Leaving Certificate, 1888
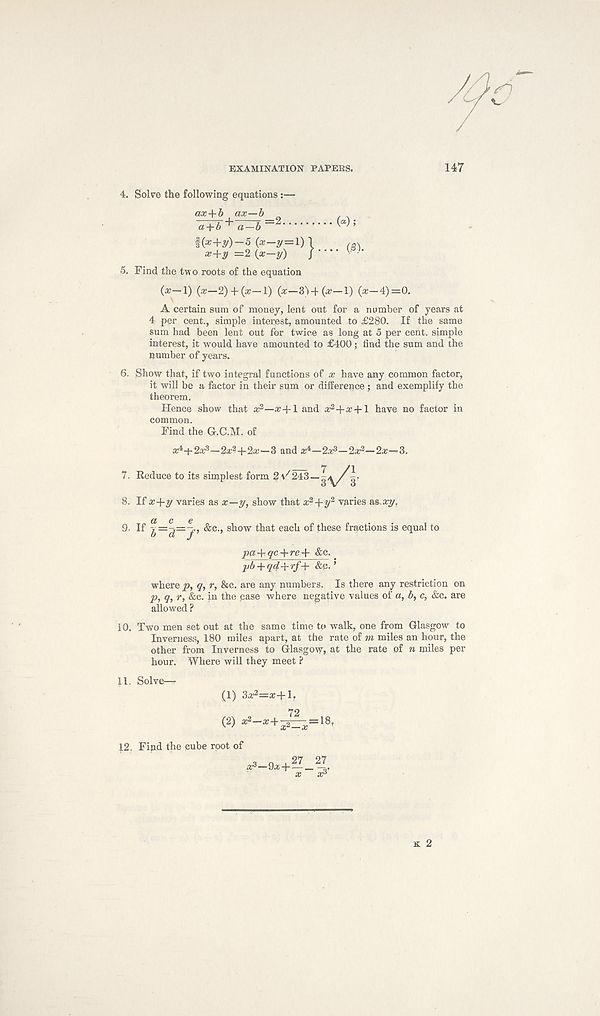
EXAMINATION PAPERS.
147
4.
Solve the following equations
ax-\-b
a-\-b
(«);
f(*+y)-5 (.r-^=l)
x+y =2 {x—y)
}.... («•
5.
Find the two roots of the equation
O-i) o-2)+ 0-i) 0-3H0- 1 ) 0-4) =0.
A certain sum of money, lent out for a number of years at
4 per cent., simple interest, amounted to £280. If the same
sum had been lent out for twice as long at 5 per cent, simple
interest, it would have amounted to £400; find the sum and the
number of years.
6.
Show that, if two integral functions of x h
it will be a factor in their sum or difference; and exemplify the
theorem.
Hence show that a; 2 —a?+l and x 2 +x + l have no factor in
common.
Find the G.C.M. of
x i -i-2c(?—2x?+2x—3 and x i —2x s —2x 2 —2x~3.
7. Reduce to its simplest form
8. If x+y varies as x—y, show that x 2 +y 2 varies &s.xy.
9. If
&c., show that each of these fractions is equal to
joa+9 , c + 7-e+ &c.
pb + q(f+rf+ &p. ’
where p, q, r, &c. are any numbers. Is there any restriction on
p, q, r, &c. in the pase where negative values of a, b, c, &c. are
allowed ?
10. Two men set out at the same time to walk, one from Glasgow to
Inverness, 180 miles apart, at the rate of m miles an hour, the
other from Inverness to Glasgow, at the rate of n miles per
hour. Where will they meet ?
11. Solve—
(1) 3a? 2 =a;+l.
( 2 )
12, Find the cube root of